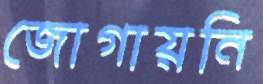
জোগায়নি